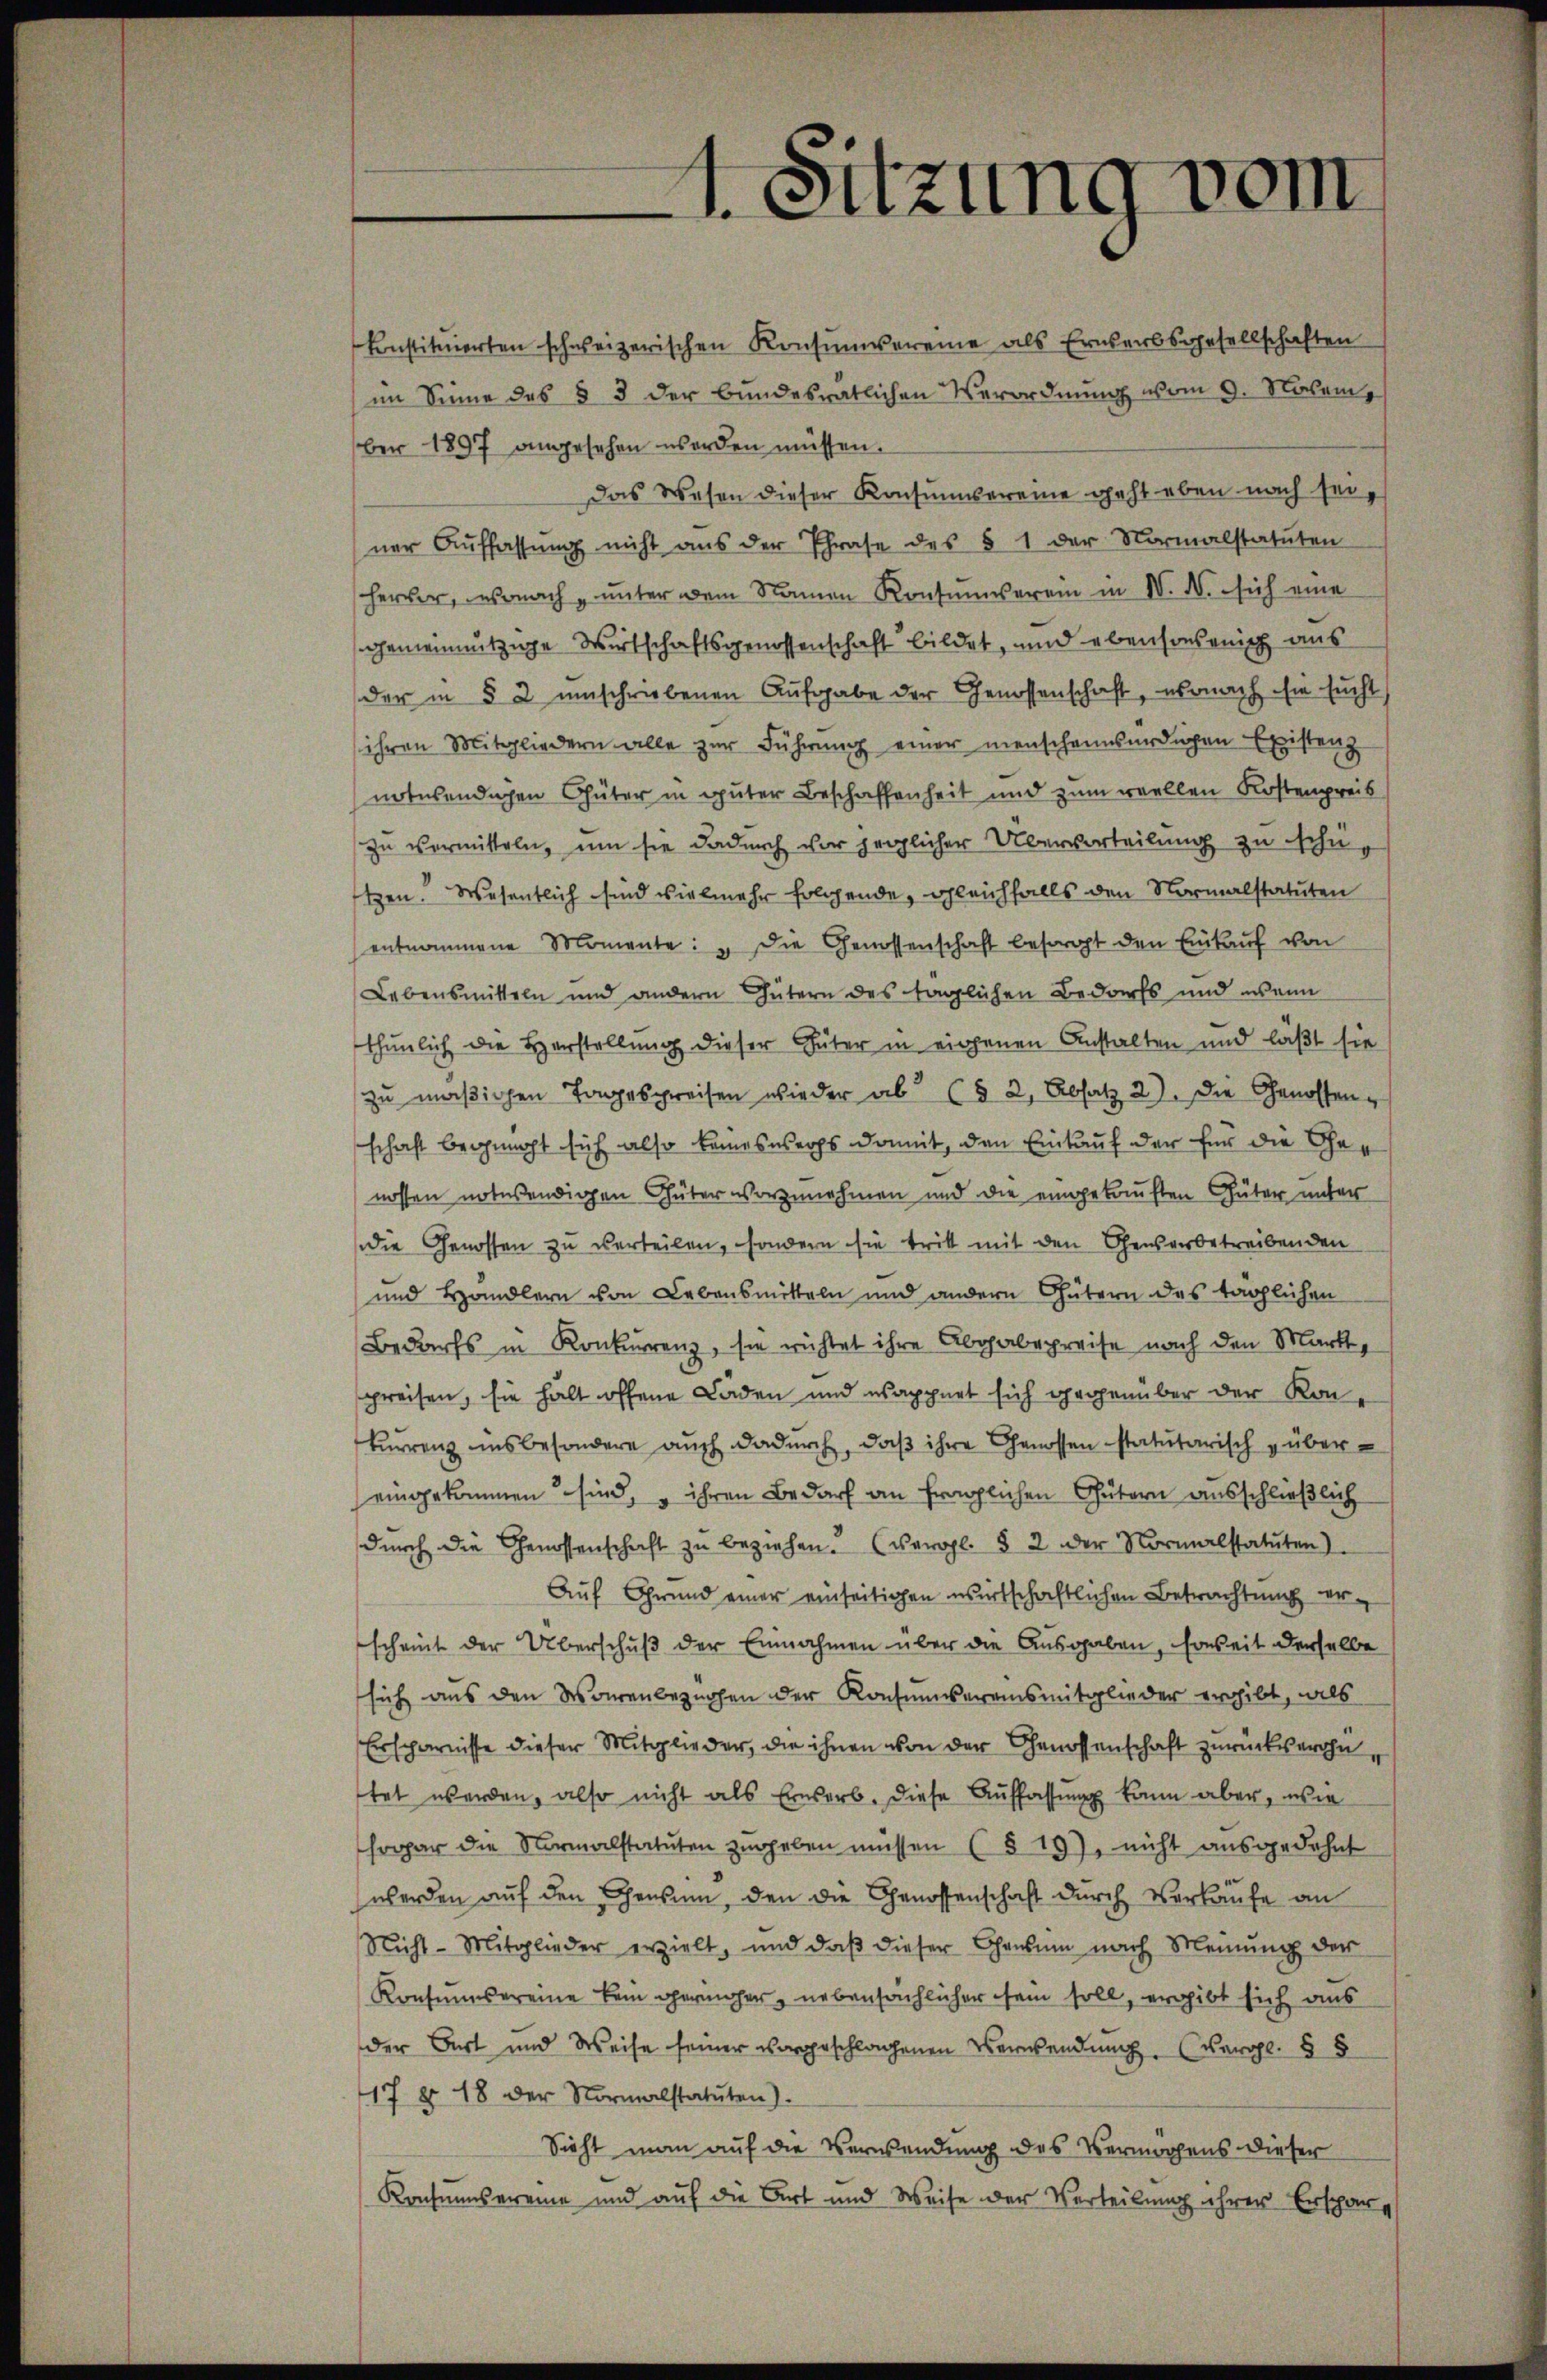
1. Sitzung vom

konstituierten schweizerischen Konsumvereine als Erwerbsgesellschaften
(im Sinne des § 3 der bundesrätlichen Verordnŭng vom 9. Novem
ber 1897 angesehen worden müssen.
Das Wesen dieser Konsumvereine geht eben nach seiner Auffassung nicht aus der Phrase des § 1 der Normalstatuten
hervor, wonach unter dem Namen Konsumverein in N. N. sich eine
gemeinnützige Wirtschaftsgenossenschaft bildet, und ebensonsenisch aus
der in § 2 umschriebenen Aufgabe der Genossenschaft, wonach sie sucht
ihren Mitgliedern alle zur Führung einer menschenwürdigen Existenz
notwendichen Güter in guter Beschaffenheit und zum reellen Kostenpreis
zu vermitteln, um sie dadurch vor jeglicher Übervorteilung zu schützen. Wesentlich sind vielmehr folgende, gleichfalls den Normalstatuten
entnommene Momente: „Die Genossenschaft besorgt den Einkauf von
Lebensmitteln und andern Gütern des täglichen Bedarfs und wenn
thunlich die Herstellung dieser Güter in eigenen Anstalten und läßt sie
zu mäßigen Tagespreisen wieder ab (§ 2, Absatz 2). Die Genossen,
schaft begemacht sich also keineswerts damit, den Einkauf der für die Genossen notwendigen Güter vorzunehmen und die eingekauften Güter unter
die Genossen zu verteilen, sondern sie tritt mit den Chensarbetreibenden
und Händlern von Lebensmitteln und andern Gütern des täglichen
Bedarfs in Konkurrenz, sie richtet ihre Abgabepreise nach den Markt,
preisen, sie hält offene Laden und wappnet sich gegenüber der Konkurrenz insbesondere auch dadurch, daß ihre Genossen statutarisch übereingekommen sind, – ihren Bedarf an fraglichen Gütern ausschließlich
dŭrch die Genossenschaft zŭ beziehen. (vergl. § 2 der Normalstatuten)
Auf Grund einer einseitigen wirtschaftlichen Betrachtung erscheint der Überschuß der Einnahmen über die Ausgaben, soweit derselbe
sich aus den Warenbeznohen der Konsumvereinsmitglieder ergibt, als
Ersparnisse dieser Mitglieder, die ihnen von der Genossenschaft zurückseron,
tet werden, also nicht als Erwerb. Diese Auffassung kann aber, wie
spar die Normalstatuten zŭgeben müssen (§ 19), nicht aŭsgedehnt
werden auf den Censum, den die Genossenschaft durch Verkaufe an
Nicht-Mitglieder erzielt, und daβ dieser Censum nach Meinŭng der
Konsumvereine kein geringer, nebensächlicher sein soll, ergibt sich aus
der Art und Weise seiner vorgeschlagenen Verwendung. (Vergl. § 8
17 § 18 der Normalstatuten).
Sicht man auf die Verwendung des Vermögens dieser
Konsumsereine und auf die Art und Weise der Verteilung ihrer Erspar¬